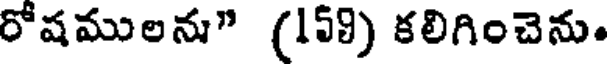
రోషములను" (159) కలిగించెను.